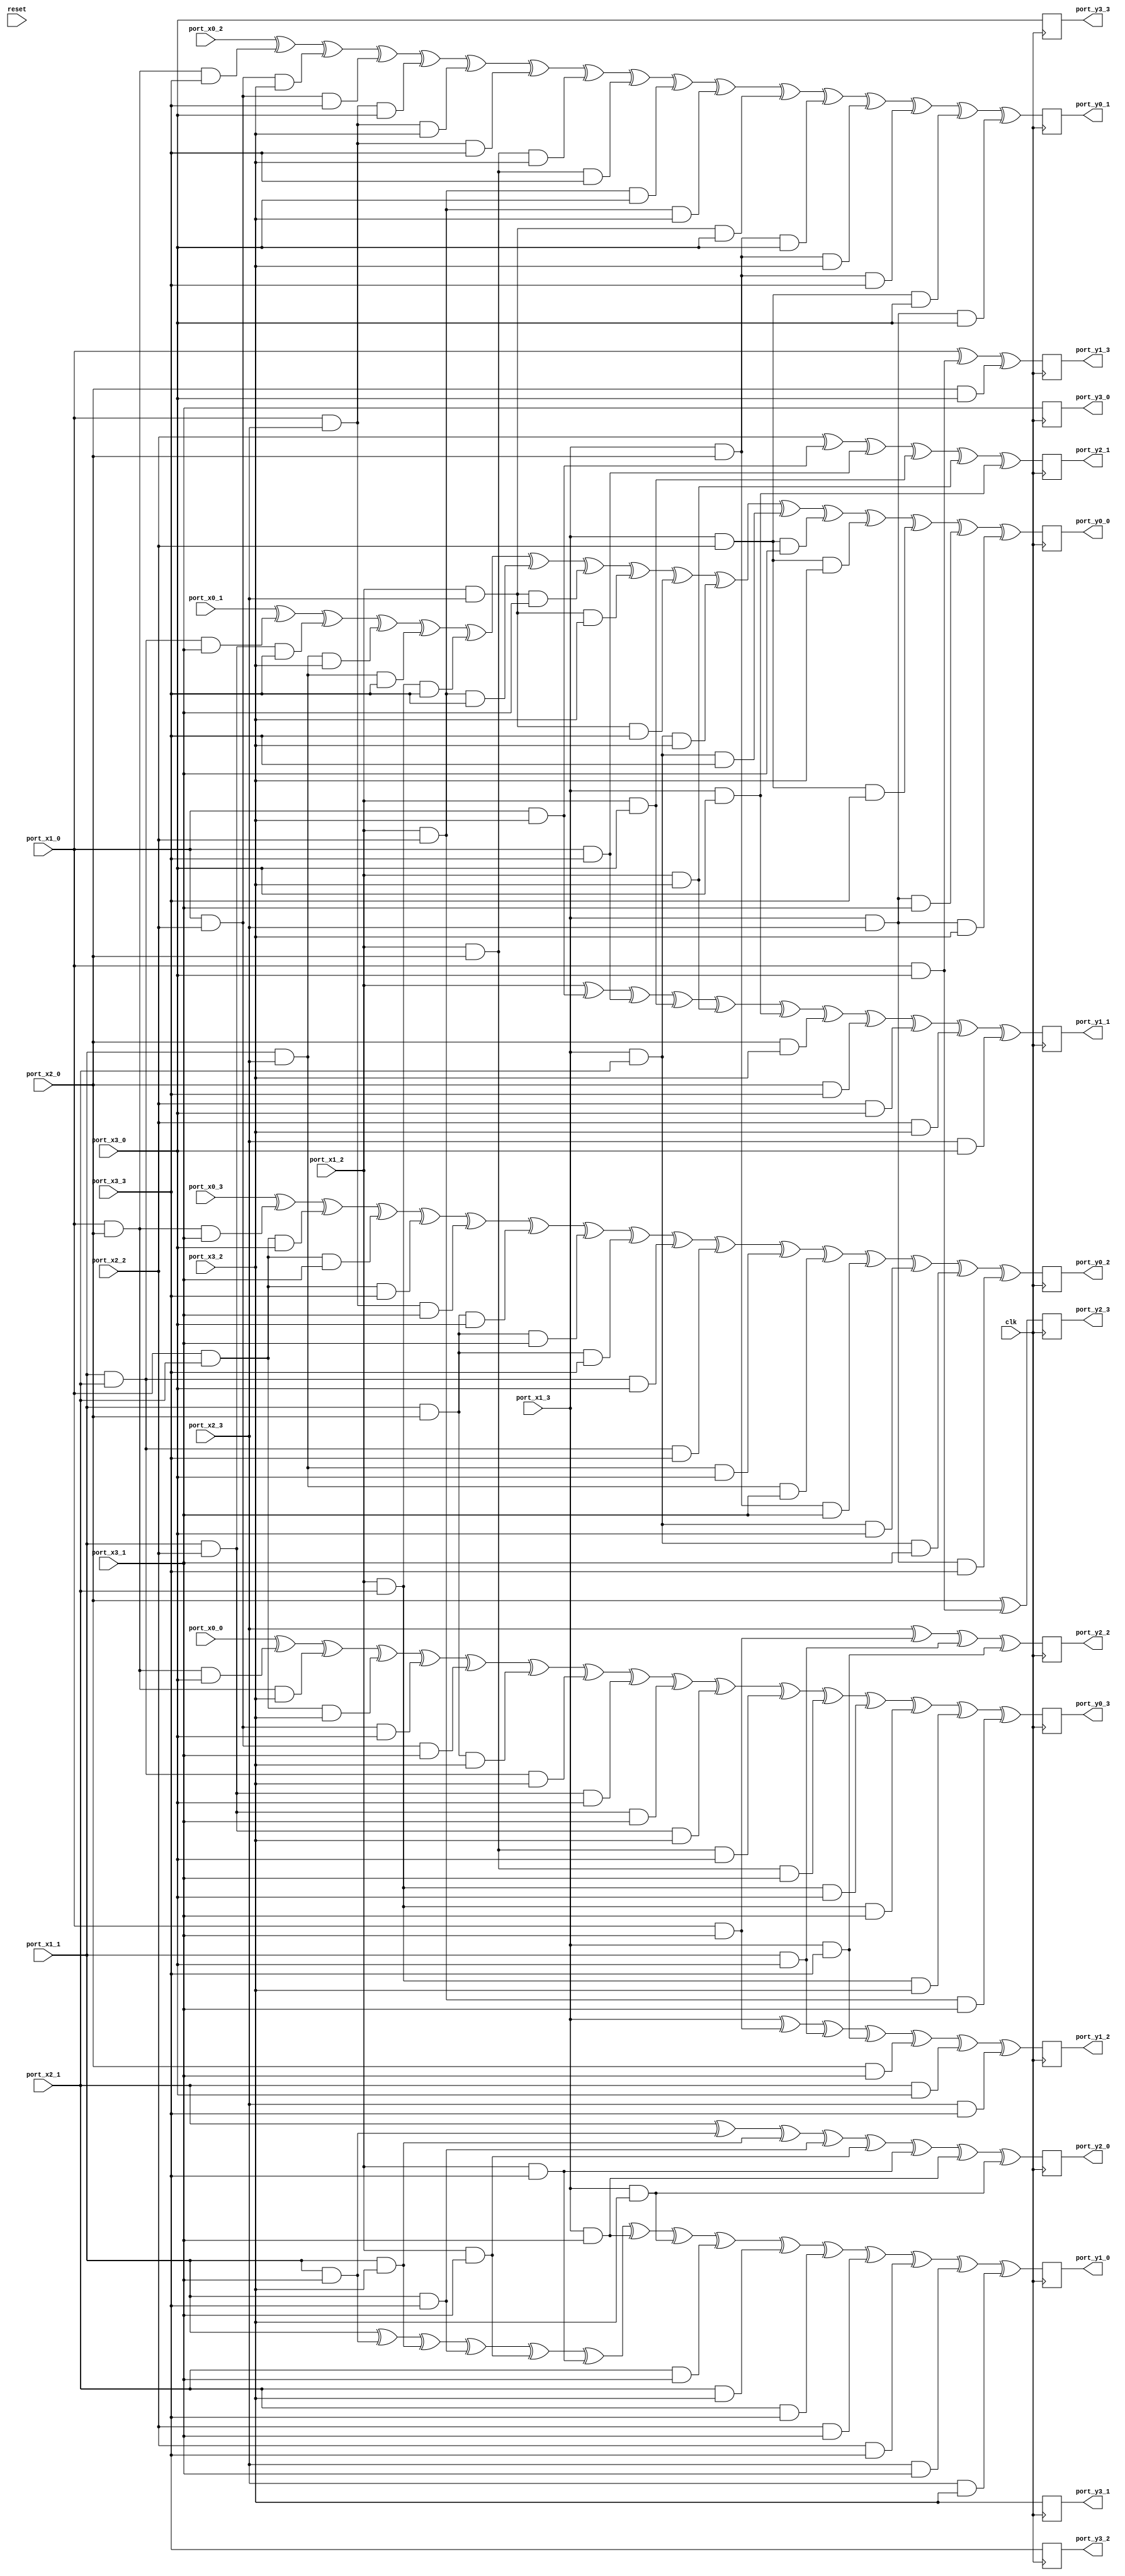
// Generator : SpinalHDL v1.7.3    git head : aeaeece704fe43c766e0d36a93f2ecbb8a9f2003
// Component : Sbox_0123456789CDEFBA_4shares
// Git hash  : db593c14fe8e83f0a4a5d43cf13325e631d65148

`timescale 1ns/1ps

module Sbox_0123456789CDEFBA_4shares (
  input               port_x0_0,
  input               port_x0_1,
  input               port_x0_2,
  input               port_x0_3,
  input               port_x1_0,
  input               port_x1_1,
  input               port_x1_2,
  input               port_x1_3,
  input               port_x2_0,
  input               port_x2_1,
  input               port_x2_2,
  input               port_x2_3,
  input               port_x3_0,
  input               port_x3_1,
  input               port_x3_2,
  input               port_x3_3,
  output              port_y0_0,
  output              port_y0_1,
  output              port_y0_2,
  output              port_y0_3,
  output              port_y1_0,
  output              port_y1_1,
  output              port_y1_2,
  output              port_y1_3,
  output              port_y2_0,
  output              port_y2_1,
  output              port_y2_2,
  output              port_y2_3,
  output              port_y3_0,
  output              port_y3_1,
  output              port_y3_2,
  output              port_y3_3,
  input               clk,
  input               reset
);

  wire                _zz_y0_0;
  wire                _zz_y0_0_1;
  wire                _zz_y0_0_2;
  wire                _zz_y0_0_3;
  wire                _zz_y0_0_4;
  wire                _zz_y0_0_5;
  wire                _zz_y0_1;
  wire                _zz_y0_1_1;
  wire                _zz_y0_1_2;
  wire                _zz_y0_1_3;
  wire                _zz_y0_1_4;
  wire                _zz_y0_2;
  wire                _zz_y0_2_1;
  wire                _zz_y0_2_2;
  wire                _zz_y0_2_3;
  wire                _zz_y0_2_4;
  wire                _zz_y0_3;
  wire                _zz_y0_3_1;
  wire                _zz_y0_3_2;
  reg                 y0_0;
  reg                 y0_1;
  reg                 y0_2;
  reg                 y0_3;
  reg                 y1_0;
  reg                 y1_1;
  reg                 y1_2;
  reg                 y1_3;
  reg                 y2_0;
  reg                 y2_1;
  reg                 y2_2;
  reg                 y2_3;
  reg                 y3_0;
  reg                 y3_1;
  reg                 y3_2;
  reg                 y3_3;

  assign _zz_y0_0 = (((((((_zz_y0_0_1 ^ _zz_y0_0_2) ^ (_zz_y0_0_3 && port_x3_3)) ^ ((port_x1_2 && port_x2_1) && port_x3_3)) ^ ((port_x1_2 && port_x2_2) && port_x3_3)) ^ ((port_x1_2 && port_x2_3) && port_x3_1)) ^ ((port_x1_2 && port_x2_3) && port_x3_2)) ^ ((port_x1_2 && port_x2_3) && port_x3_3));
  assign _zz_y0_0_4 = ((port_x1_3 && port_x2_1) && port_x3_2);
  assign _zz_y0_0_5 = (port_x1_3 && port_x2_1);
  assign _zz_y0_0_1 = ((port_x0_1 ^ ((port_x1_1 && port_x2_1) && port_x3_1)) ^ ((port_x1_1 && port_x2_2) && port_x3_3));
  assign _zz_y0_0_2 = ((port_x1_1 && port_x2_3) && port_x3_2);
  assign _zz_y0_0_3 = (port_x1_1 && port_x2_3);
  assign _zz_y0_1 = ((((((((port_x0_2 ^ _zz_y0_1_1) ^ (_zz_y0_1_2 && port_x3_2)) ^ ((port_x1_0 && port_x2_2) && port_x3_3)) ^ ((port_x1_0 && port_x2_3) && port_x3_0)) ^ ((port_x1_0 && port_x2_3) && port_x3_2)) ^ ((port_x1_0 && port_x2_3) && port_x3_3)) ^ ((port_x1_2 && port_x2_0) && port_x3_2)) ^ ((port_x1_2 && port_x2_0) && port_x3_3));
  assign _zz_y0_1_3 = ((port_x1_2 && port_x2_2) && port_x3_0);
  assign _zz_y0_1_4 = (port_x1_2 && port_x2_2);
  assign _zz_y0_1_1 = ((port_x1_0 && port_x2_0) && port_x3_3);
  assign _zz_y0_1_2 = (port_x1_0 && port_x2_2);
  assign _zz_y0_2 = ((((((((port_x0_3 ^ _zz_y0_2_1) ^ (_zz_y0_2_2 && port_x3_0)) ^ ((port_x1_0 && port_x2_1) && port_x3_1)) ^ ((port_x1_0 && port_x2_1) && port_x3_3)) ^ ((port_x1_0 && port_x2_3) && port_x3_1)) ^ ((port_x1_1 && port_x2_0) && port_x3_0)) ^ ((port_x1_1 && port_x2_0) && port_x3_1)) ^ ((port_x1_1 && port_x2_0) && port_x3_3));
  assign _zz_y0_2_3 = ((port_x1_1 && port_x2_1) && port_x3_0);
  assign _zz_y0_2_4 = (port_x1_1 && port_x2_1);
  assign _zz_y0_2_1 = ((port_x1_0 && port_x2_0) && port_x3_1);
  assign _zz_y0_2_2 = (port_x1_0 && port_x2_1);
  assign _zz_y0_3 = (((((((port_x0_0 ^ ((port_x1_0 && port_x2_0) && port_x3_0)) ^ ((port_x1_0 && port_x2_0) && port_x3_2)) ^ ((port_x1_0 && port_x2_1) && port_x3_2)) ^ ((port_x1_0 && port_x2_2) && port_x3_0)) ^ ((port_x1_0 && port_x2_2) && port_x3_1)) ^ ((port_x1_1 && port_x2_0) && port_x3_2)) ^ ((port_x1_1 && port_x2_1) && port_x3_2));
  assign _zz_y0_3_1 = ((port_x1_1 && port_x2_2) && port_x3_0);
  assign _zz_y0_3_2 = (port_x1_1 && port_x2_2);
  assign port_y0_0 = y0_0;
  assign port_y0_1 = y0_1;
  assign port_y0_2 = y0_2;
  assign port_y0_3 = y0_3;
  assign port_y1_0 = y1_0;
  assign port_y1_1 = y1_1;
  assign port_y1_2 = y1_2;
  assign port_y1_3 = y1_3;
  assign port_y2_0 = y2_0;
  assign port_y2_1 = y2_1;
  assign port_y2_2 = y2_2;
  assign port_y2_3 = y2_3;
  assign port_y3_0 = y3_0;
  assign port_y3_1 = y3_1;
  assign port_y3_2 = y3_2;
  assign port_y3_3 = y3_3;
  always @(posedge clk) begin
    y0_0 <= (((((((_zz_y0_0 ^ _zz_y0_0_4) ^ (_zz_y0_0_5 && port_x3_3)) ^ ((port_x1_3 && port_x2_2) && port_x3_1)) ^ ((port_x1_3 && port_x2_2) && port_x3_2)) ^ ((port_x1_3 && port_x2_2) && port_x3_3)) ^ ((port_x1_3 && port_x2_3) && port_x3_1)) ^ ((port_x1_3 && port_x2_3) && port_x3_2));
    y0_1 <= ((((((((_zz_y0_1 ^ _zz_y0_1_3) ^ (_zz_y0_1_4 && port_x3_2)) ^ ((port_x1_2 && port_x2_3) && port_x3_0)) ^ ((port_x1_3 && port_x2_0) && port_x3_0)) ^ ((port_x1_3 && port_x2_0) && port_x3_2)) ^ ((port_x1_3 && port_x2_0) && port_x3_3)) ^ ((port_x1_3 && port_x2_2) && port_x3_0)) ^ ((port_x1_3 && port_x2_3) && port_x3_0));
    y0_2 <= ((((((((_zz_y0_2 ^ _zz_y0_2_3) ^ (_zz_y0_2_4 && port_x3_3)) ^ ((port_x1_1 && port_x2_3) && port_x3_0)) ^ ((port_x1_1 && port_x2_3) && port_x3_1)) ^ ((port_x1_3 && port_x2_0) && port_x3_1)) ^ ((port_x1_3 && port_x2_1) && port_x3_0)) ^ ((port_x1_3 && port_x2_1) && port_x3_1)) ^ ((port_x1_3 && port_x2_3) && port_x3_3));
    y0_3 <= (((((((((_zz_y0_3 ^ _zz_y0_3_1) ^ (_zz_y0_3_2 && port_x3_1)) ^ ((port_x1_1 && port_x2_2) && port_x3_2)) ^ ((port_x1_2 && port_x2_0) && port_x3_0)) ^ ((port_x1_2 && port_x2_0) && port_x3_1)) ^ ((port_x1_2 && port_x2_1) && port_x3_0)) ^ ((port_x1_2 && port_x2_1) && port_x3_1)) ^ ((port_x1_2 && port_x2_1) && port_x3_2)) ^ ((port_x1_2 && port_x2_2) && port_x3_1));
    y1_0 <= ((((((((((((((port_x1_1 ^ (port_x1_1 && port_x3_1)) ^ (port_x1_1 && port_x3_2)) ^ (port_x1_1 && port_x3_3)) ^ (port_x1_2 && port_x3_1)) ^ (port_x1_2 && port_x3_3)) ^ (port_x1_3 && port_x3_1)) ^ (port_x1_3 && port_x3_2)) ^ (port_x2_1 && port_x3_1)) ^ (port_x2_1 && port_x3_2)) ^ (port_x2_1 && port_x3_3)) ^ (port_x2_2 && port_x3_1)) ^ (port_x2_2 && port_x3_3)) ^ (port_x2_3 && port_x3_1)) ^ (port_x2_3 && port_x3_2));
    y1_1 <= ((((((((((port_x1_2 ^ (port_x1_0 && port_x3_2)) ^ (port_x1_0 && port_x3_3)) ^ (port_x1_2 && port_x3_0)) ^ (port_x1_2 && port_x3_2)) ^ (port_x1_3 && port_x3_0)) ^ (port_x2_0 && port_x3_2)) ^ (port_x2_0 && port_x3_3)) ^ (port_x2_2 && port_x3_0)) ^ (port_x2_2 && port_x3_2)) ^ (port_x2_3 && port_x3_0));
    y1_2 <= ((((((port_x1_3 ^ (port_x1_0 && port_x3_1)) ^ (port_x1_1 && port_x3_0)) ^ (port_x1_3 && port_x3_3)) ^ (port_x2_0 && port_x3_1)) ^ (port_x2_1 && port_x3_0)) ^ (port_x2_3 && port_x3_3));
    y1_3 <= ((port_x1_0 ^ (port_x1_0 && port_x3_0)) ^ (port_x2_0 && port_x3_0));
    y2_0 <= (((((((port_x2_1 ^ (port_x1_1 && port_x3_1)) ^ (port_x1_1 && port_x3_2)) ^ (port_x1_1 && port_x3_3)) ^ (port_x1_2 && port_x3_1)) ^ (port_x1_2 && port_x3_3)) ^ (port_x1_3 && port_x3_1)) ^ (port_x1_3 && port_x3_2));
    y2_1 <= (((((port_x2_2 ^ (port_x1_0 && port_x3_2)) ^ (port_x1_0 && port_x3_3)) ^ (port_x1_2 && port_x3_0)) ^ (port_x1_2 && port_x3_2)) ^ (port_x1_3 && port_x3_0));
    y2_2 <= (((port_x2_3 ^ (port_x1_0 && port_x3_1)) ^ (port_x1_1 && port_x3_0)) ^ (port_x1_3 && port_x3_3));
    y2_3 <= (port_x2_0 ^ (port_x1_0 && port_x3_0));
    y3_0 <= port_x3_1;
    y3_1 <= port_x3_2;
    y3_2 <= port_x3_3;
    y3_3 <= port_x3_0;
  end


endmodule